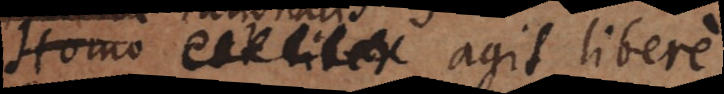
Homo Creatura agit libere.